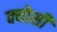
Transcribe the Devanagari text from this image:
क्योसी